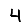
Digit: 4